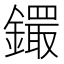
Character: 𨭵